Regulations for the medical services of the Army of India
Year: 1930
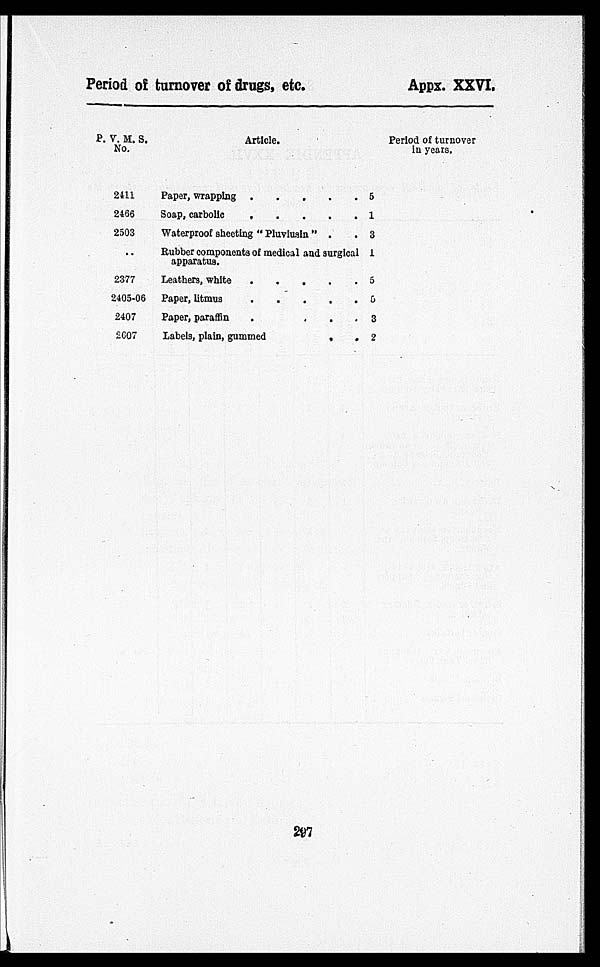
Period of turnover of drugs, etc.
Appx. XXVI.
P. V. M. S.
No.
Article.
Period of turnover
in years.
2411.
Paper, wrapping .
.
.
. . 5
2466
Soap, carbolic.
.
.
. . 1
2503
Waterproof sheeting " Pluviusin " .
. 3
..
Rubber components of medical and surgical
apparatus.
1
2377
Leathers, white .
.
.
.
. 5
2405-06 Paper, litmus
.
.
.
.
. 5
2407
Paper, paraffin .
.
.
. 3
2607
Labels, plain, gummed
. . 2